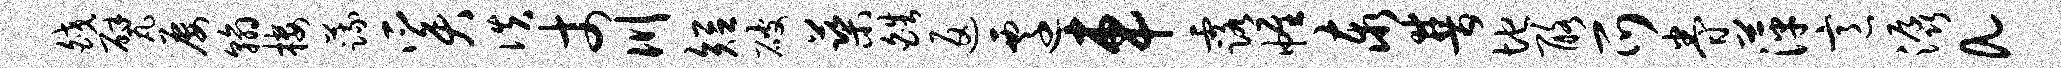
皎甓屡翰楼蔬奚佚丈川短破蕖皓返迁车露帷泰普地酪爪眷萍意潺a